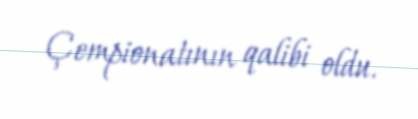
Çempionatının qalibi oldu.